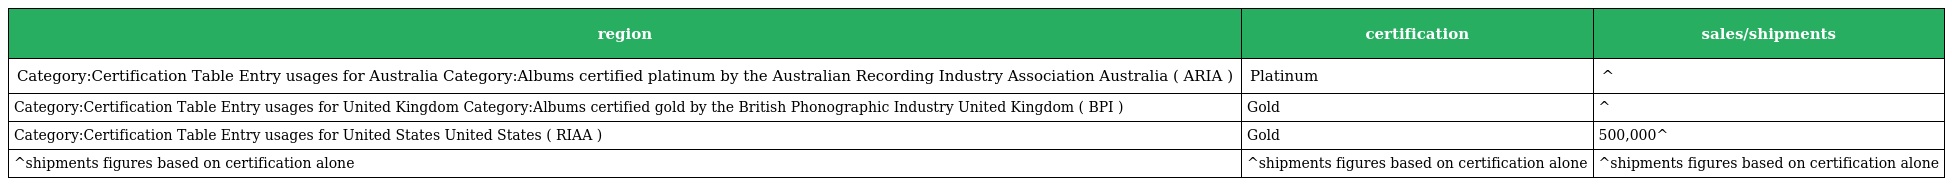
| region | certification | sales/shipments |
 | --- | --- | --- |
 | Category:Certification Table Entry usages for Australia Category:Albums certified platinum by the Australian Recording Industry Association Australia ( ARIA ) | Platinum | ^ |
 | Category:Certification Table Entry usages for United Kingdom Category:Albums certified gold by the British Phonographic Industry United Kingdom ( BPI ) | Gold | ^ |
 | Category:Certification Table Entry usages for United States United States ( RIAA ) | Gold | 500,000^ |
 | ^shipments figures based on certification alone | ^shipments figures based on certification alone | ^shipments figures based on certification alone |